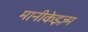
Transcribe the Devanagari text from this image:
मानीकेइज़्म